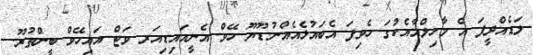
ލަޑެއްދީފަ އެ މާހިލްއާއެކުގަ ހެވިފަ އެބައުޅެއެއްނު.ޑޫޔޫ ހޭވް އެނީއައިޑިއަރ ވަޓް އައިހޭވް ބީންތުރޫ.